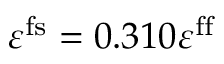
\varepsilon ^ { \mathrm { f s } } = 0 . 3 1 0 \varepsilon ^ { \mathrm { f f } }